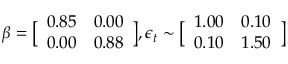
\displaystyle \boldsymbol { \beta } = \bigl [ \begin{array} { l l } { 0 . 8 5 } & { 0 . 0 0 } \\ { 0 . 0 0 } & { 0 . 8 8 } \end{array} \bigr ] , \boldsymbol { \epsilon } _ { t } \sim \bigl [ \begin{array} { l l } { 1 . 0 0 } & { 0 . 1 0 } \\ { 0 . 1 0 } & { 1 . 5 0 } \end{array} \bigr ]